Annual report on the working of the Harcourt Butler Institute of Public Health, Rangoon
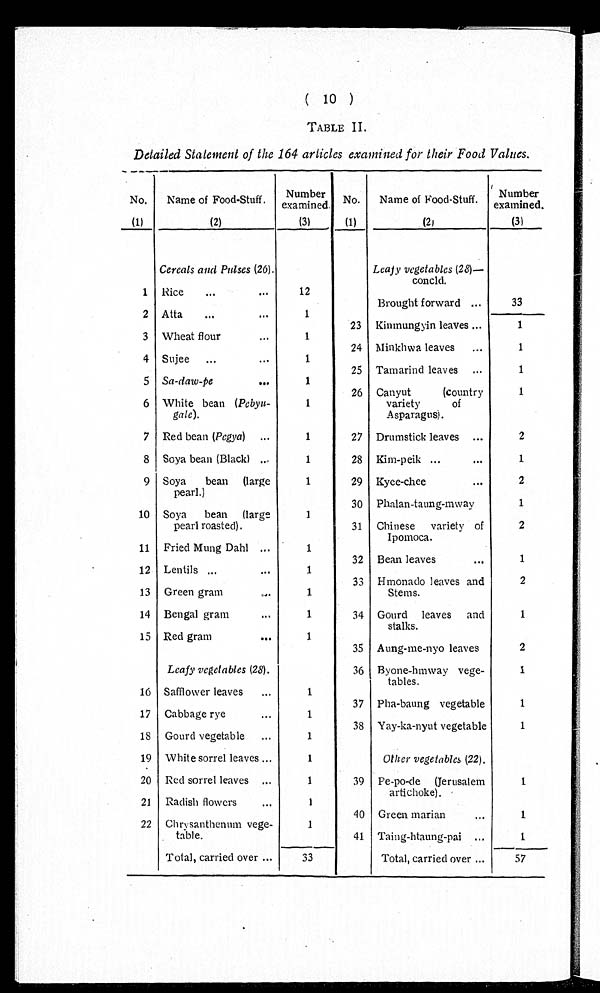
(10)
TABLE II.
Detailed Statement of the 164 articles examined for their Food Values.
No.
(1)
Name of Food-Stuff.
(2)
Number
examined.
(3)
No.
(1)
Name of Food-Stuff.
( 2 )
Number
examined.
(3)
Cereals and Pulses (26).
Leafy vegetables (28)—
c o n c l d .
1 Rice
...
...
12
Brought forward ...
33
2 Atta
...
...
1
23 Kinmungyin leaves ...
1
3 Wheat flour
...
1
24 Minkhwa leaves ...
1
4 Sujee ...
...
1
25 Tamarind leaves ...
1
5 Sa-daw-pe
...
1
26 Canyut
(country
variety
of
Asparagus).
1
6 White bean (Pebyu-
gale).
1
7 Red bean (Pegya) ...
1
27 Drumstick leaves ...
2
8 Soya bean (Black) ...
1
28 Kim-peik ...
...
1
9 Soya bean (large
pearl.)
1
29 Kyee-chee
...
2
10 Soya bean (large
pearl roasted).
1
30 Phalan-taung-mway
1
31 Chinese variety of
Ipomoca.
2
11 Fried Mung Dahl ...
1
32 Bean leaves
...
1
12
13
Lentils ...
...
Green gram
...
1
1
33 Hmonado leaves and
Stems.
2
14 Bengal gram
...
1
34 Gourd leaves and
stalks.
1
15 Red gram
...
1
35 Aung-me-nyo leaves
2
Leafy vegetables (28).
36 Byone-hmway vege-
tables.
1
16 Safflower leaves ...
1
37 Pha-baung vegetable
1
17 Cabbage rye ...
1
38 Yay-ka-nyut vegetable
1
18 Gourd vegetable ...
1
Other vegetables (22).
19 White sorrel leaves ...
1
20 Red sorrel leaves ...
1
39 Pe-po-de (Jerusalem
artichoke).
1
21 Radish flowers ...
1
40 Green marian ...
1
22 Chrysanthenum vege-
table.
1
41 Taing-htaung-pai ...
1
Total, carried over ...
33
Total, carried over ...
—
57